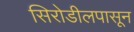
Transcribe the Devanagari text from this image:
सिरोडीलपासून